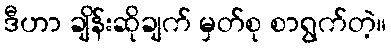
ဒီဟာ ချိန်းဆိုချက် မှတ်စု စာရွက်တဲ့။